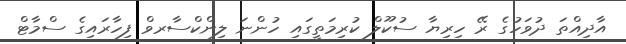
އާދިއްތަ ދުވަހުގެ ރޭ ހިރިޔާ ސުކޫލް ކުރިމަތީގައި ހުންނަ ލިންކްސާރވް ފިހާރައިގެ ސްމާޓް